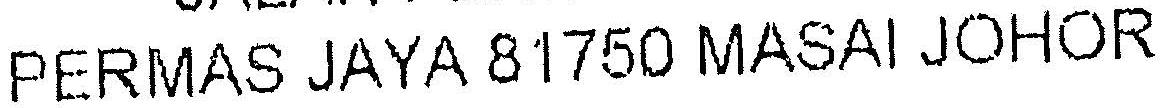
PERMAS JAYA 81750 MASAI JOHOR